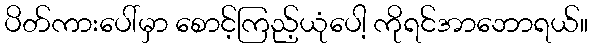
ပိတ်ကားပေါ်မှာ စောင့်ကြည့်ယုံပေါ့ ကိုရင်အာဘောရယ်။